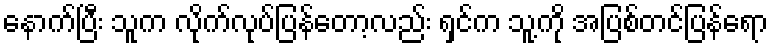
နောက်ပြီး သူက လိုက်လုပ်ပြန်တော့လည်း ရှင်က သူ့ကို အပြစ်တင်ပြန်ရော